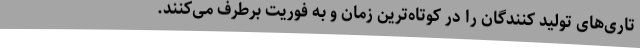
تاری‌های تولید کنندگان را در کوتاه‌ترین زمان و به فوریت برطرف می‌کنند.